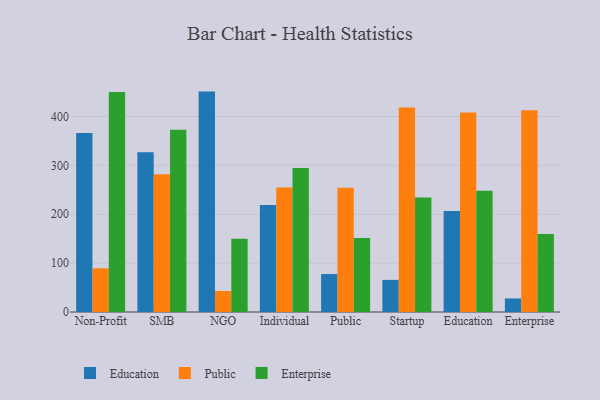
{"axis": {"x": "Segment", "y": "Conversion Rate (%)"}, "legend": ["Education", "Enterprise", "Public"], "data": [{"x": "Non-Profit", "y": 366.2, "type": "Education"}, {"x": "Non-Profit", "y": 89.4, "type": "Public"}, {"x": "Non-Profit", "y": 450.2, "type": "Enterprise"}, {"x": "SMB", "y": 326.6, "type": "Education"}, {"x": "SMB", "y": 282.0, "type": "Public"}, {"x": "SMB", "y": 372.8, "type": "Enterprise"}, {"x": "NGO", "y": 450.9, "type": "Education"}, {"x": "NGO", "y": 43.0, "type": "Public"}, {"x": "NGO", "y": 149.7, "type": "Enterprise"}, {"x": "Individual", "y": 219.0, "type": "Education"}, {"x": "Individual", "y": 254.8, "type": "Public"}, {"x": "Individual", "y": 294.6, "type": "Enterprise"}, {"x": "Public", "y": 77.6, "type": "Education"}, {"x": "Public", "y": 254.1, "type": "Public"}, {"x": "Public", "y": 151.2, "type": "Enterprise"}, {"x": "Startup", "y": 65.7, "type": "Education"}, {"x": "Startup", "y": 418.2, "type": "Public"}, {"x": "Startup", "y": 234.2, "type": "Enterprise"}, {"x": "Education", "y": 206.5, "type": "Education"}, {"x": "Education", "y": 408.1, "type": "Public"}, {"x": "Education", "y": 247.9, "type": "Enterprise"}, {"x": "Enterprise", "y": 27.7, "type": "Education"}, {"x": "Enterprise", "y": 412.8, "type": "Public"}, {"x": "Enterprise", "y": 159.6, "type": "Enterprise"}]}